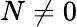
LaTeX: N\neq 0